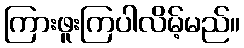
ကြားဖူးကြပါလိမ့်မည်။